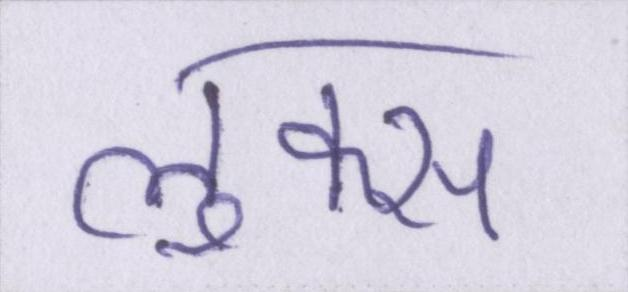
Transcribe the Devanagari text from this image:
लुक्स